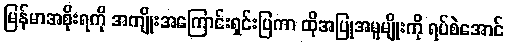
မြန်မာအစိုးရကို အကျိုးအကြောင်းရှင်းပြကာ ထိုအပြုအမူမျိုးကို ရပ်စဲအောင်